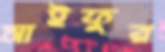
সাইফুর